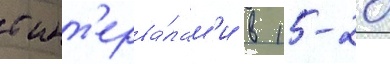
с инт'ерва́лам'и в 15-20